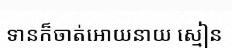
ទានក៏ចាត់អោយនាយ ស្មៀន